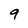
Character: 9